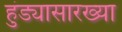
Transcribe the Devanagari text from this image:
हुंड्यासारख्या